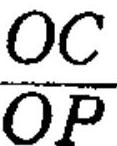
\(\frac{OC}{OP}\)